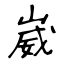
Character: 崴